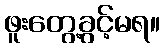
ဖူးတွေ့ခွင့်မရ။